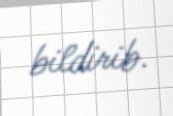
bildirib.